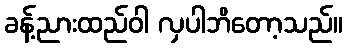
ခန့်ညားထည်ဝါ လှပါဘိတော့သည်။